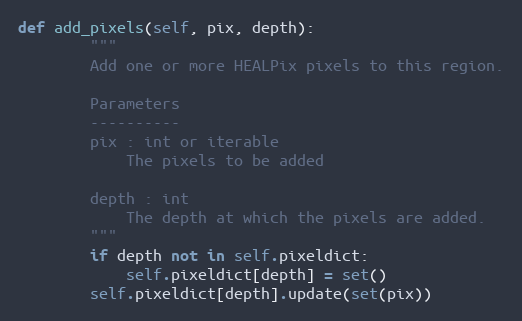
Language: Python
def add_pixels(self, pix, depth):
        """
        Add one or more HEALPix pixels to this region.

        Parameters
        ----------
        pix : int or iterable
            The pixels to be added

        depth : int
            The depth at which the pixels are added.
        """
        if depth not in self.pixeldict:
            self.pixeldict[depth] = set()
        self.pixeldict[depth].update(set(pix))